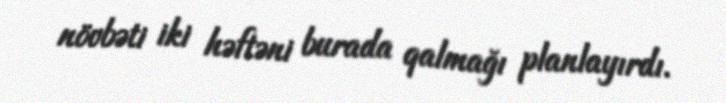
növbəti iki həftəni burada qalmağı planlayırdı.